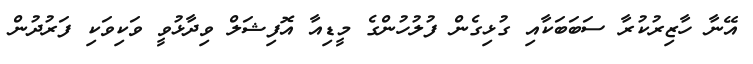
އޭނާ ހާޒިރުކުރާ ސަބަބަކާއި ގުޅިގެން ފުލުހުންގެ މީޑިއާ އޮފިޝަލް ވިދާޅުވީ ވަކިވަކި ފަރުދުން